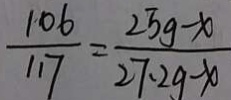
\frac { 1 0 6 } { 1 1 7 } = \frac { 2 5 y - x } { 2 7 \cdot 2 g - x }